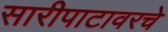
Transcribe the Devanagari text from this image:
सारीपाटावरचे